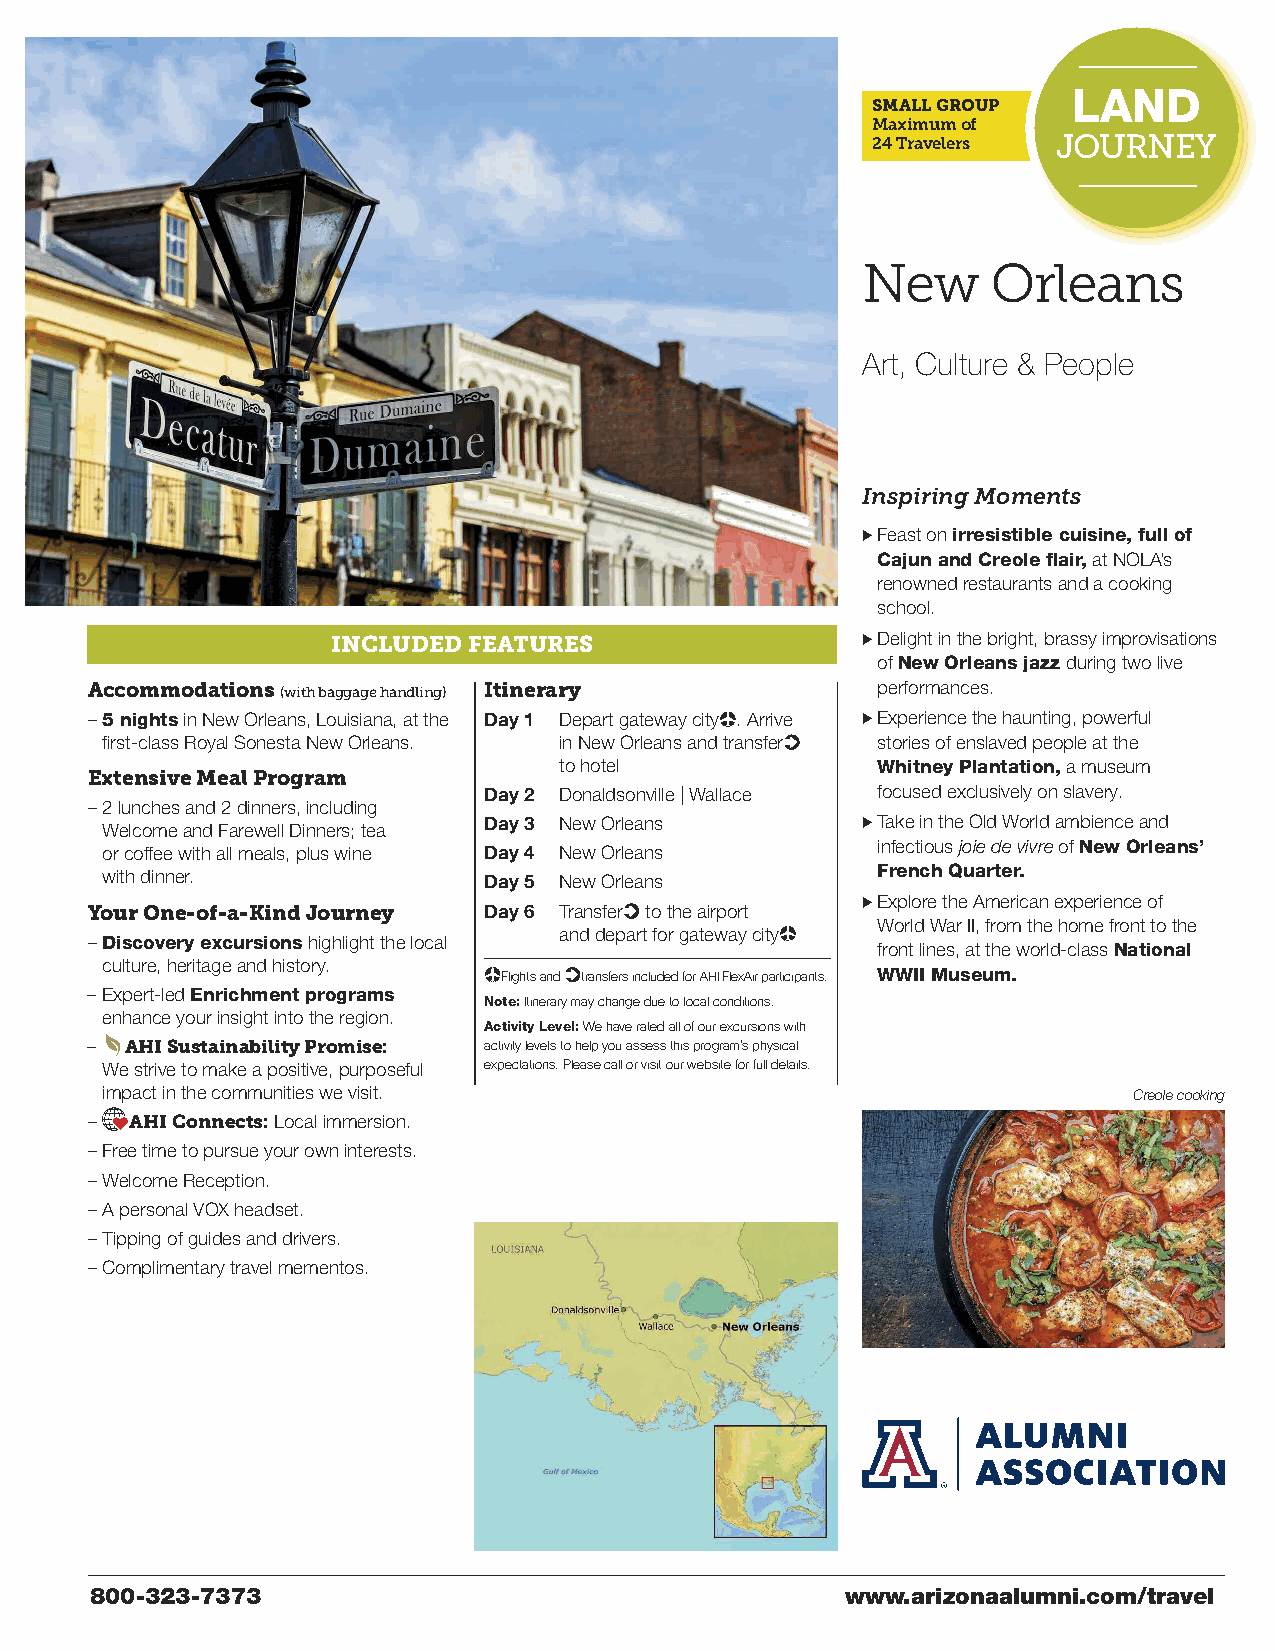
LAND
 SMALL GROUP
 Maximum of
 24 Travelers JOURNEY
 New      Orleans
 Art, Culture & People
 Inspiring Moments
 >Feast on irresistible cuisine, full of
 Cajun and Creole flair,at NOLA’s
 renowned restaurants and a cooking
 school.
 >Delight in the bright, brassy improvisations
 INCLUDED FEATURES
 of New Orleans jazz during two live
 performances.
 Accommodations (with baggage handling) Itinerary
 –5 nightsin New Orleans, Louisiana, at the Day 1 Depart gateway city . Arrive >Experience the haunting, powerful
 first-class Royal Sonesta New Orleans. in New Orleans and transfer stories of enslaved people at the
 to hotel             Whitney Plantation,a museum
 Extensive Meal Program
 Day 2 Donaldsonville | Wallace focused exclusively on slavery.
 –2 lunches and 2 dinners, including
 Day 3 New Orleans        >Take in the Old World ambience and
 Welcome and Farewell Dinners; tea
 infectious joie de vivreof New Orleans’
 or coffee with all meals, plus wine Day 4 New Orleans
 with dinner.             Day 5 New Orleans         French Quarter.
 >Explore the American experience of
 Day 6 Transfer to the airport
 Your One-of-a-Kind Journey
 World War II, from the home front to the
 and depart for gateway city
 –Discovery excursionshighlight the local
 front lines, at the world-class National
 culture, heritage and history.
 Flights and transfers included for AHI FlexAir participants. WWII Museum.
 –Expert-led Enrichment programs
 Note:Itinerary may change due to local conditions.
 enhance your insight into the region.
 Activity Level:We have rated all of our excursions with
 – AHI Sustainability Promise: activity levels to help you assess this program’s physical
 We strive to make a positive, purposeful expectations. Please call or visit our website for full details.
 impact in the communities we visit.                                 Creole cooking
 –  AHI Connects:Local immersion.
 –Free time to pursue your own interests.
 –Welcome Reception.
 –A personal VOX headset.
 –Tipping of guides and drivers.
 –Complimentary travel mementos.
 800-323-7373                                      www.arizonaalumni.com/travel